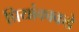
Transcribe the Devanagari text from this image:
प्रियांकाकडे